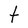
Character: t